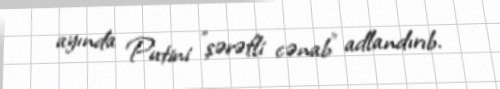
ayında Putini "şərəfli cənab" adlandırıb.